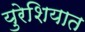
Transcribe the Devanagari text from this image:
युरेशियात